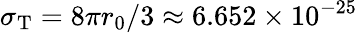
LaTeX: \sigma_{\mathrm{T}}=8\pi r_{0}/3\approx 6.652\times 10^{-25}